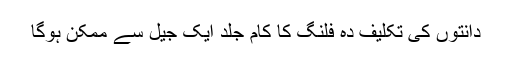
دانتوں کی تکلیف دہ فلنگ کا کام جلد ایک جیل سے ممکن ہوگا